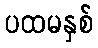
ပထမနှစ်